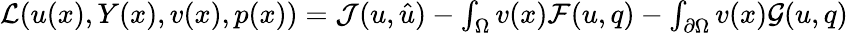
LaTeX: \begin{array}{r}{\mathcal{L}(u(x),Y(x),v(x),p(x))=\mathcal{J}(u,\hat{u})-\int_{\Omega}v(x)\mathcal{F}(u,q)-\int_{\partial\Omega}v(x)\mathcal{G}(u,q)}\end{array}